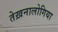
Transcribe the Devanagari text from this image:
तेख़नालोगिया